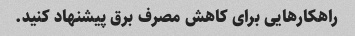
راهکارهایی برای کاهش مصرف برق پیشنهاد کنید.